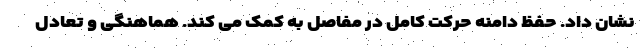
نشان داد. حفظ دامنه حرکت کامل در مفاصل به کمک می کند. هماهنگی و تعادل